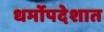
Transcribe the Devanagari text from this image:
धर्मोपदेशात